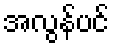
အလွန်ပင်